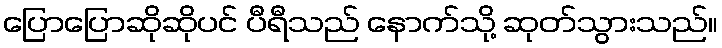
ပြောပြောဆိုဆိုပင် ပီရီသည် နောက်သို့ ဆုတ်သွားသည်။